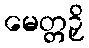
မေတ္တဉှိ